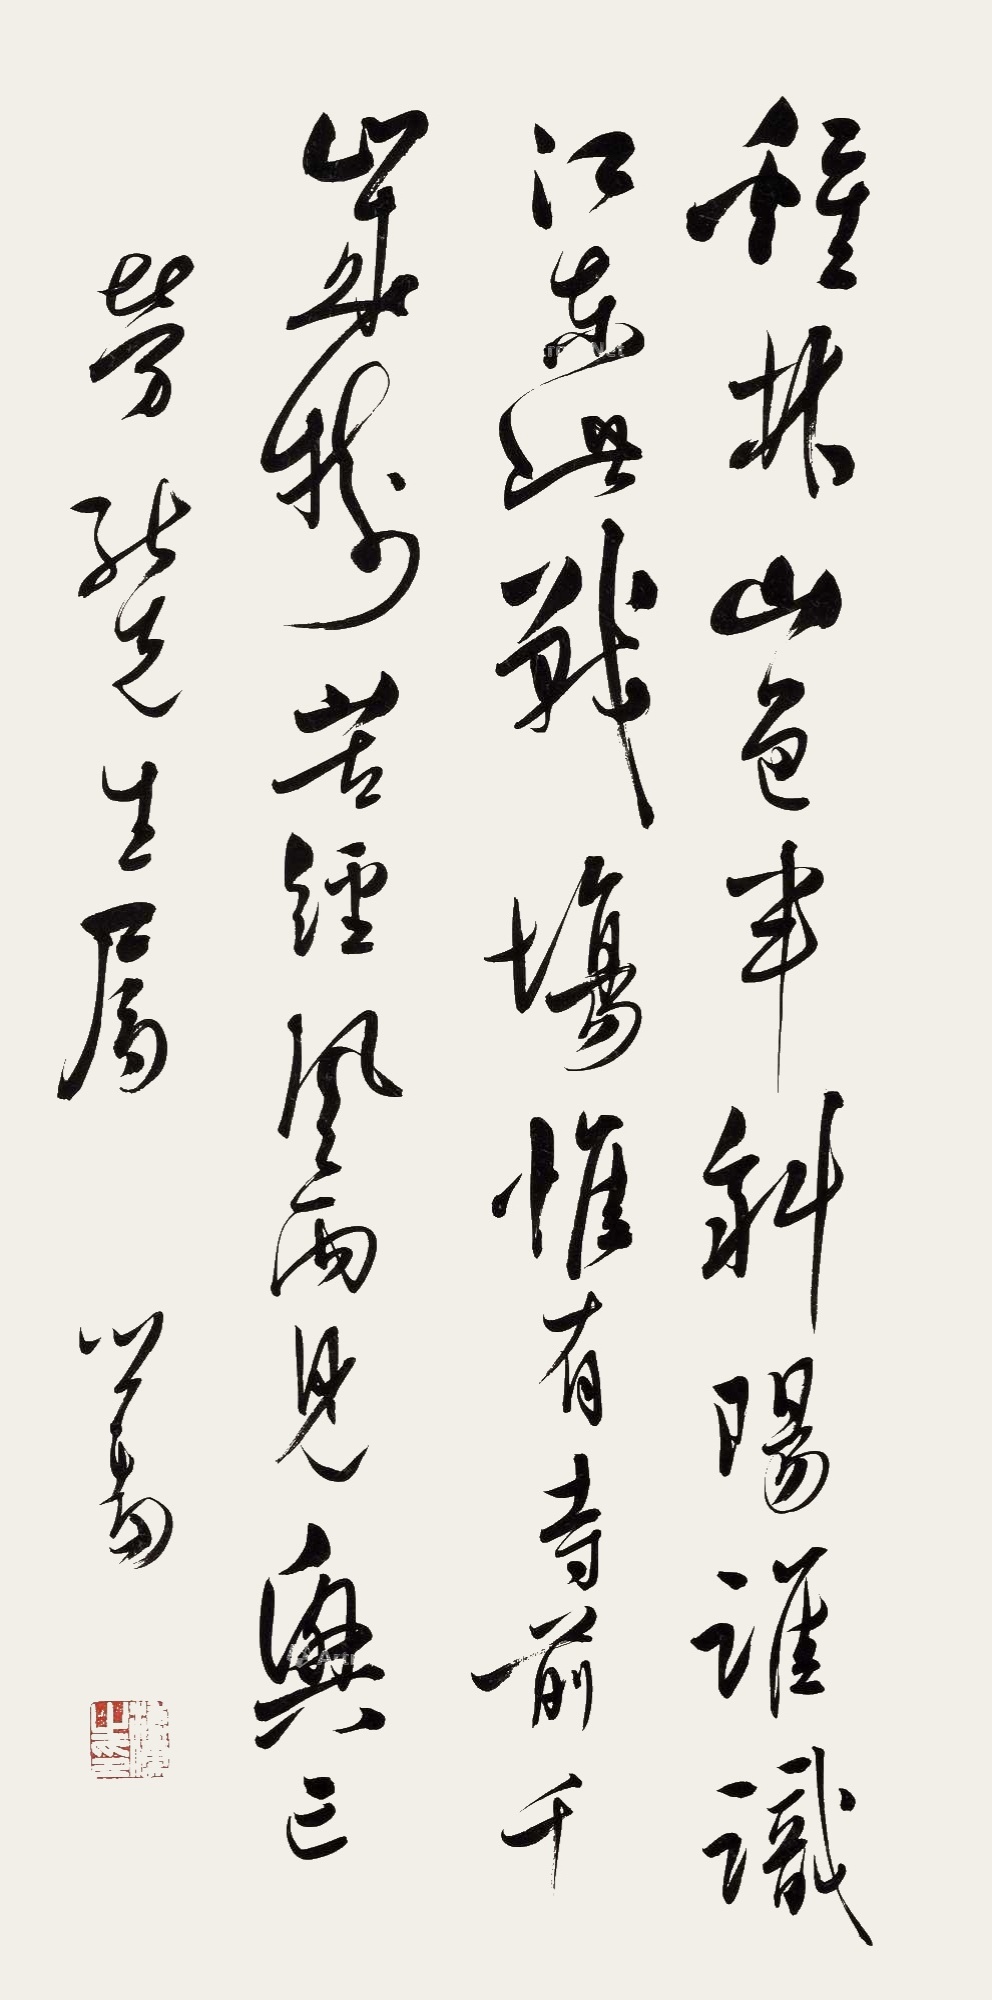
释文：鸡林山色半斜阳，谁识江东此战场。惟有寺门千岁树，苦经风雨见兴亡。劳然先生属。心畬。